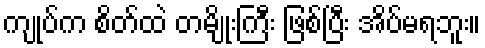
ကျုပ်က စိတ်ထဲ တမျိုးကြီး ဖြစ်ပြီး အိပ်မရဘူး။